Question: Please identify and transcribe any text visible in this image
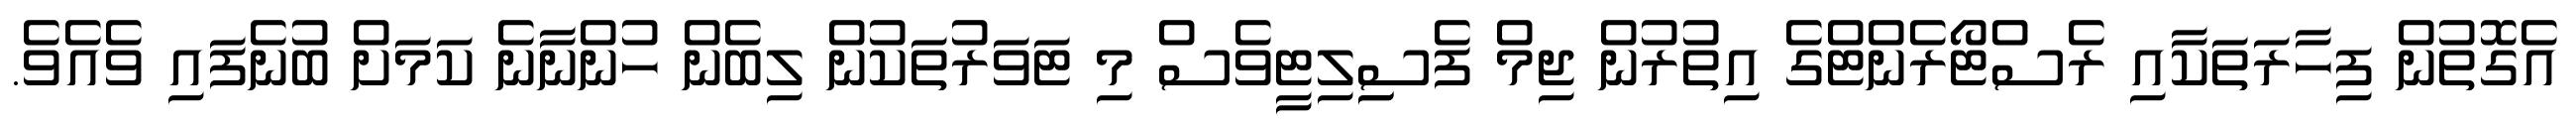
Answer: އެގޮތުން ފިހާރަތަކާއި ރެސްޓޯރެންޓްގެ އިތުރުން ޖިމް ފެސިިލިޓީވެސް މި ޓަވަރުތަކުން ލިބެން ހުންނާނެ ކަމަށް ބުނެފައި ވެއެވެ.